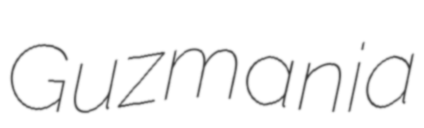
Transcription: Guzmania